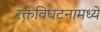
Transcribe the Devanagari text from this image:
रक्तविघटनामध्ये